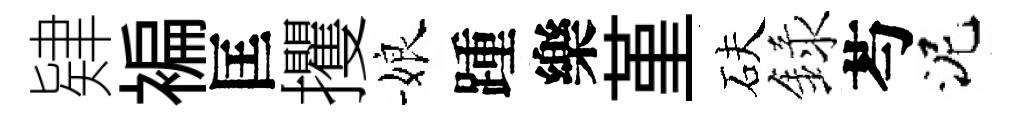
肄褊匡攫娘踵樂堇砆録芍泥